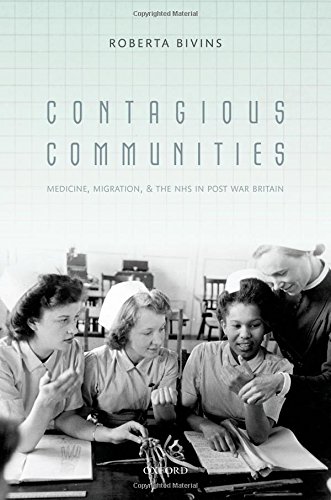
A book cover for Contagious Communities: Medicine, Migration, and the NHS in Post War Britain; Roberta Bivins; Medical Books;